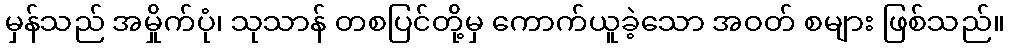
မှန်သည် အမှိုက်ပုံ၊ သုသာန် တစပြင်တို့မှ ကောက်ယူခဲ့သော အဝတ် စများ ဖြစ်သည်။